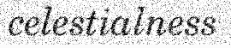
celestialness